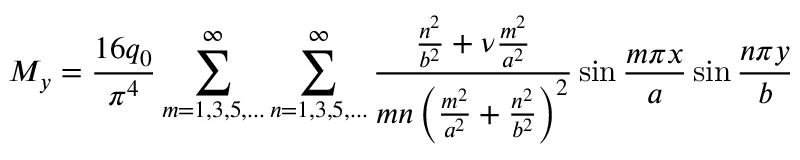
M _ { y } = { \frac { 1 6 q _ { 0 } } { \pi ^ { 4 } } } \sum _ { m = 1 , 3 , 5 , . . . } ^ { \infty } \sum _ { n = 1 , 3 , 5 , . . . } ^ { \infty } { \frac { { \frac { n ^ { 2 } } { b ^ { 2 } } } + \nu { \frac { m ^ { 2 } } { a ^ { 2 } } } } { m n \left( { \frac { m ^ { 2 } } { a ^ { 2 } } } + { \frac { n ^ { 2 } } { b ^ { 2 } } } \right) ^ { 2 } } } \sin { \frac { m \pi x } { a } } \sin { \frac { n \pi y } { b } }